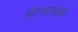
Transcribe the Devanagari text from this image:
मानतबक